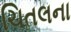
ચિતલના